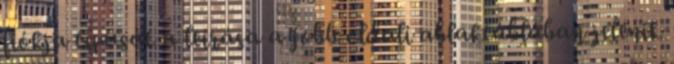
fiókja típusát a leírása a jobb oldali ablaktáblában jelenik